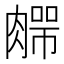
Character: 𰯆